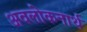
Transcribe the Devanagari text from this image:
अवलोकनार्थ